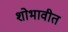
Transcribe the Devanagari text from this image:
शोभावीत